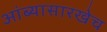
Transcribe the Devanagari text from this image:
आंब्यासारखेच